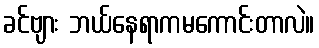
ခင်ဗျား ဘယ်နေရာကမကောင်းတာလဲ။